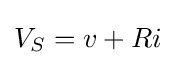
V_{S}=v+Ri